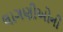
લાગણીઓની